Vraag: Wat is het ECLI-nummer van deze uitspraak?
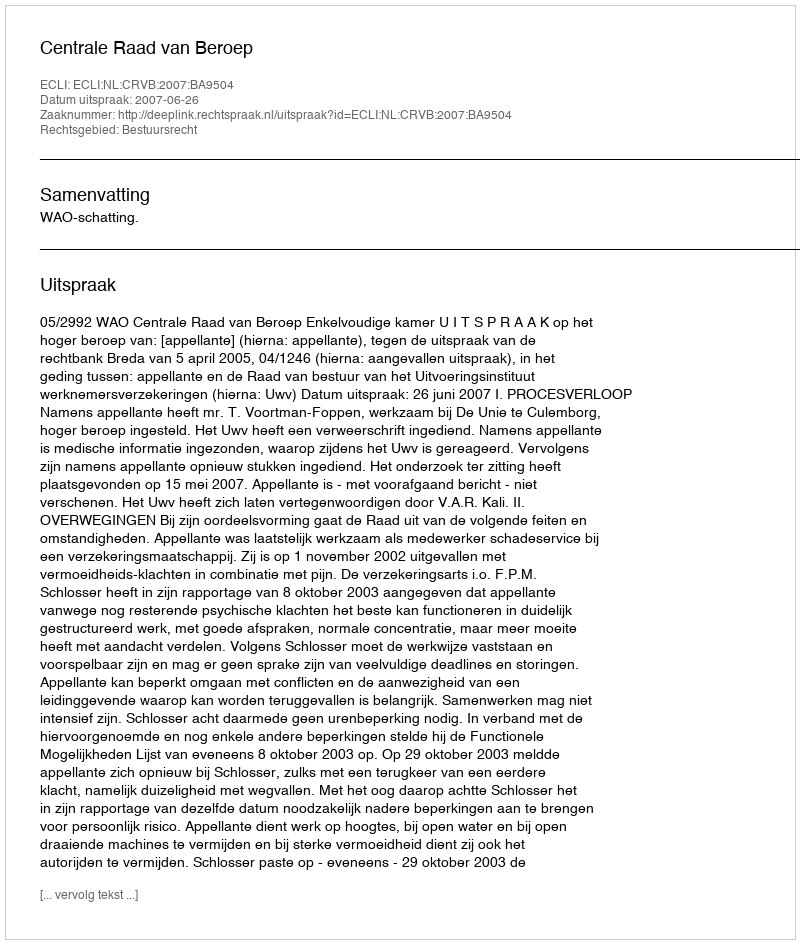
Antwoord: ECLI:NL:CRVB:2007:BA9504